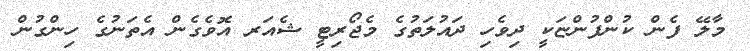
މާލޭ ފެން ކުންފުންޏަކީ ދިވެހި ދައުލަތުގެ މެޖޯރިޓީ ޝެއަރ އޮވެގެން އެތަނުގެ ހިންގުން